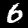
Label: 6